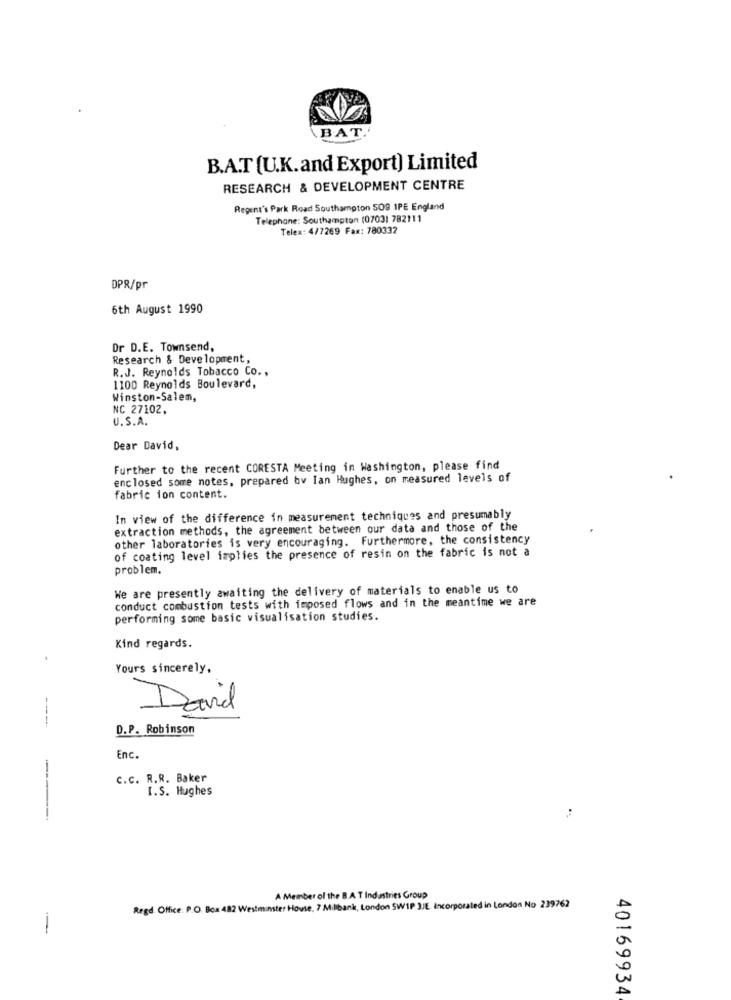
BAT.
B.A.T (U.K.and Export) Limited
RESEARCH & DEVELOPMENT CENTRE
Regent's Park Road Southampton SOS IPE England
Telephone: Southampton (07031 782111
Telex: 4/7269 Fax: 780332
DPR/pr
6th August 1990
Dr D.E. Townsend,
Research & Development,
R.J. Reynolds Tobacco Co .,
1100 Reynolds Boulevard,
Winston-Salem,
NC 27102,
U.S.A.
Dear David,
Further to the recent CORESTA Meeting in Washington, please find
enclosed some notes, prepared by lan Hughes, on measured levels of
fabric ion content.
In view of the difference in measurement techniques and presumably
extraction methods, the agreement between our data and those of the
other laboratories is very encouraging. Furthermore, the consistency
of coating level implies the presence of resin on the fabric is not a
problem.
We are presently awaiting the delivery of materials to enable us to
conduct combustion tests with imposed flows and in the meantime we are
performing some basic visualisation studies.
Kind regards.
Yours sincerely,
-
David
D.P. Robinson
Enc.
C.c. R.R. Baker
I.S. Hughes
A Member of the B.A. T Industries Group
Regd. Office: P.O. Box 482 Westminster House, 7 Milbank, London SW1P 3JE. Incorporated in London No 239762
-
40169934